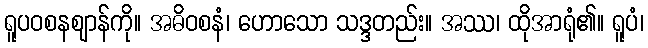
ရူပဝစနဈာန်ကို။ အဓိဝစနံ၊ ဟောသော သဒ္ဒတည်း။ အဿ၊ ထိုအာရုံ၏။ ရူပံ၊